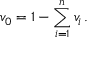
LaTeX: v _ { 0 } = 1 - \sum _ { i = 1 } ^ { n } v _ { i } \, .